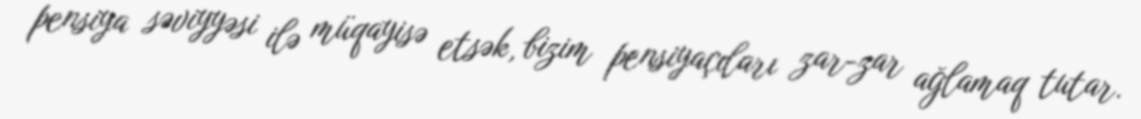
pensiya səviyyəsi ilə müqayisə etsək, bizim pensiyaçıları zar-zar ağlamaq tutar.